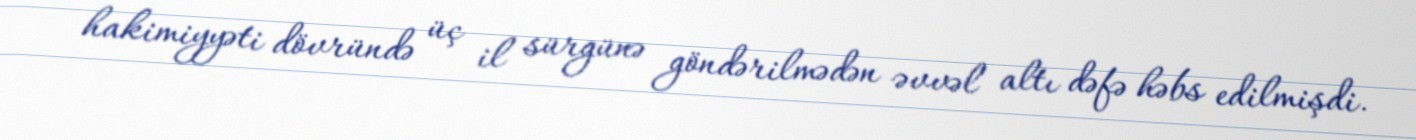
hakimiyyəti dövründə üç il sürgünə göndərilmədən əvvəl altı dəfə həbs edilmişdi.